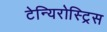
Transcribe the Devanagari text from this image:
टेन्यिरोस्ट्रिस